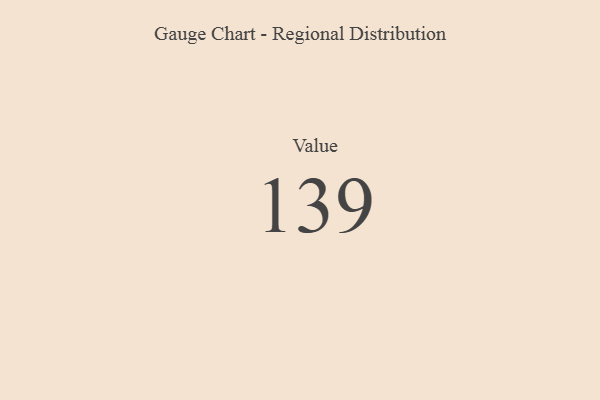
{"axis": {"x": "Metric", "y": "Value"}, "legend": [""], "data": [{"x": "Value", "y": 139, "type": ""}]}